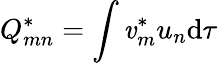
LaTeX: Q_{mn}^{*}=\int\mathit{v}_{m}^{*}u_{n}\mathrm{d}\tau